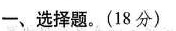
一、选择题。(18分)